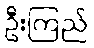
ဦးကြည်